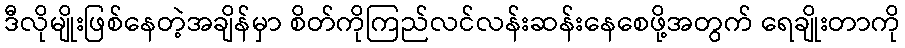
ဒီလိုမျိုးဖြစ်နေတဲ့အချိန်မှာ စိတ်ကိုကြည်လင်လန်းဆန်းနေစေဖို့အတွက် ရေချိုးတာကို